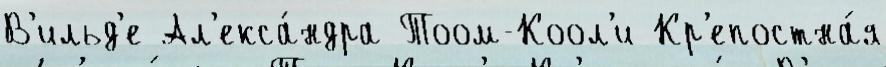
В'ильд'е Ал'екса́ндра Тоом-Коол'и Кр'епостна́я